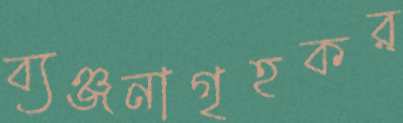
ব্যঞ্জনাগৃহকর্